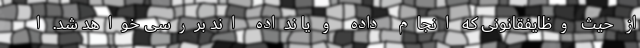
از حیث وظایفقانونی که انجام داده و یا نداده اند بررسی خواهد شد. ا